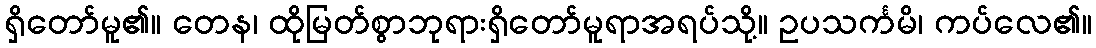
ရှိတော်မူ၏။ တေန၊ ထိုမြတ်စွာဘုရားရှိတော်မူရာအရပ်သို့။ ဥပသင်္ကမိ၊ ကပ်လေ၏။